Report on the working of the Ranchi Indian Mental Hospital, Kanke, in Bihar and Orissa - 1930-1940
Year: 1930
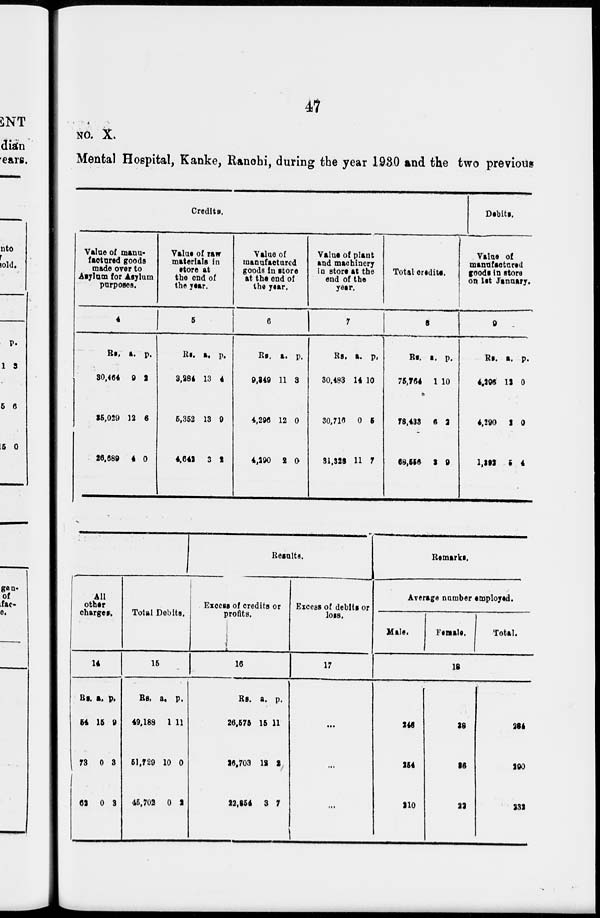
47
NO. X.
Mental Hospital, Kanke, Ranchi, during the year 1930 and the two previous
Credits.
Value of manu-
factured goods
made over to
Asylum for Asylum
purposes.
4
Rs.
30,464
36,029
26,689
a.
9
12
4
p.
2
6
0
Value of raw
materials in
store at
the end of
the year.
5
Rs.
3,284
5,352
4,642
a.
13
13
3
p.
4
9
2
Value of
manufactured
goods in store
at the end of
the year.
6
Rs.
9,349
4,296
4,290
a.
11
12
2
p.
3
0
0
Value of plant
and machinery
in store at the
end of the
year.
7
Rs.
30,483
30,716
31,328
a.
14
0
11
p.
10
5
7
Total credits.
8
Rs.
75,764
78,433
68,556
a.
1
6
3
p.
10
2
9
Debits.
Value of
manufactured
goods in store
on 1st January.
9
Rs.
4,296
4,290
1,392
a.
12
2
5
p.
0
0
4
All
other
charges.
14
Rs.
54
73
62
a.
15
0
0
p.
9
8
3
Total Debits.
15
Rs.
49,188
51,729
45,702
a.
1
10
0
p.
11
0
2
Results.
Excess of credits or
profits.
16
Rs.
26,575
26,703
22,354
a.
15
12
3
p.
11
2
7
Excess of debits or
loss.
17
...
...
...
Remarks.
Average number employed.
Male.
Female.
Total.
18
246
254
210
38
36
22
284
290
232